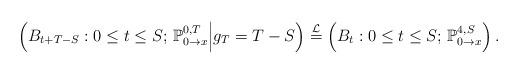
LaTeX: \begin{align*}\left(B_{t+T-S}:0\leq t\leq S;\,\mathbb{P}_{0\to x}^{0,T}\middle|g_T=T-S\right)\stackrel{\mathcal{L}}{=}\left(B_t:0\leq t\leq S;\,\mathbb{P}_{0\to x}^{4,S}\right).\end{align*}